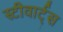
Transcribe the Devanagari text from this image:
स्टीवार्ट्स